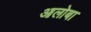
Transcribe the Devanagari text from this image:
आलोबा